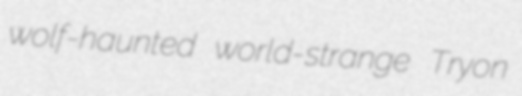
wolf-haunted world-strange Tryon